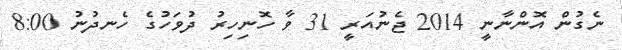
ނެގުން އޮންނާނީ 2014 ޖެނުއަރީ 31 ވާ ހޮނިހިރު ދުވަހުގެ ހެނދުނު 8:00